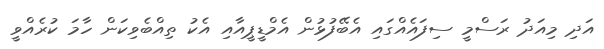
އަދި މިއަދު ރަސްމީ ސިފައެއްގައި އެބޭފުޅުން އެމްޑީޕީއާއި އެކު ތިއްބެވިކަން ހާމަ ކުރެއްވީ